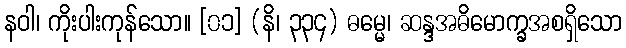
နဝါ၊ ကိုးပါးကုန်သော။ [၀၁] (နိ၊ ၃၃၄) ဓမ္မေ၊ ဆန္ဒအဓိမောက္ခအစရှိသော